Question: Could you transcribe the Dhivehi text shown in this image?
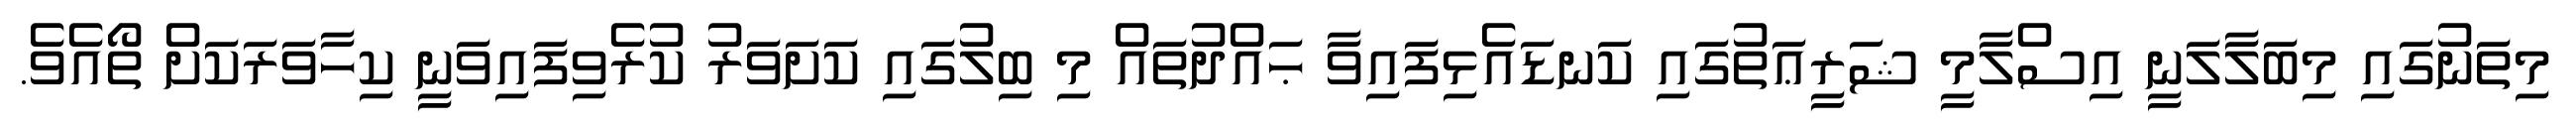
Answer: މިތަނުގައި މިބަލާލަނީ އިސްލާމީ ޝަރީޢަތުގައި ކަނޑައެޅިފައިވާ ޙައްދުތައް މި ބިލުގައި ކަށަވަރު ކުރެވިފައިވަނީ ކިހާވަރަކަށް ތޯއެވެ.